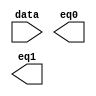
// megafunction wizard: %LPM_DECODE%VBB%
// GENERATION: STANDARD
// VERSION: WM1.0
// MODULE: lpm_decode 

// ============================================================
// Megafunction Name(s):
// 			lpm_decode
//
// Simulation Library Files(s):
// 			lpm
// ============================================================
// ************************************************************
// THIS IS A WIZARD-GENERATED FILE. DO NOT EDIT THIS FILE!
//
// 9.0 Build 132 02/25/2009 SJ Web Edition
// ************************************************************

//Copyright (C) 1991-2009 Altera Corporation
//Your use of Altera Corporation's design tools, logic functions 
//and other software and tools, and its AMPP partner logic 
//functions, and any output files from any of the foregoing 
//(including device programming or simulation files), and any 
//associated documentation or information are expressly subject 
//to the terms and conditions of the Altera Program License 
//Subscription Agreement, Altera MegaCore Function License 
//Agreement, or other applicable license agreement, including, 
//without limitation, that your use is for the sole purpose of 
//programming logic devices manufactured by Altera and sold by 
//Altera or its authorized distributors.  Please refer to the 
//applicable agreement for further details.

module dec_12 (
	data,
	eq0,
	eq1);

	input	[0:0]  data;
	output	  eq0;
	output	  eq1;

endmodule

// ============================================================
// CNX file retrieval info
// ============================================================
// Retrieval info: PRIVATE: BaseDec NUMERIC "1"
// Retrieval info: PRIVATE: EnableInput NUMERIC "0"
// Retrieval info: PRIVATE: INTENDED_DEVICE_FAMILY STRING "Stratix II"
// Retrieval info: PRIVATE: LPM_PIPELINE NUMERIC "0"
// Retrieval info: PRIVATE: Latency NUMERIC "0"
// Retrieval info: PRIVATE: SYNTH_WRAPPER_GEN_POSTFIX STRING "0"
// Retrieval info: PRIVATE: aclr NUMERIC "0"
// Retrieval info: PRIVATE: clken NUMERIC "0"
// Retrieval info: PRIVATE: eq0 NUMERIC "1"
// Retrieval info: PRIVATE: eq1 NUMERIC "1"
// Retrieval info: PRIVATE: nBit NUMERIC "1"
// Retrieval info: CONSTANT: LPM_DECODES NUMERIC "2"
// Retrieval info: CONSTANT: LPM_TYPE STRING "LPM_DECODE"
// Retrieval info: CONSTANT: LPM_WIDTH NUMERIC "1"
// Retrieval info: USED_PORT: @eq 0 0 LPM_DECODES 0 OUTPUT NODEFVAL @eq[LPM_DECODES-1..0]
// Retrieval info: USED_PORT: data 0 0 1 0 INPUT NODEFVAL data[0..0]
// Retrieval info: USED_PORT: eq0 0 0 0 0 OUTPUT NODEFVAL eq0
// Retrieval info: USED_PORT: eq1 0 0 0 0 OUTPUT NODEFVAL eq1
// Retrieval info: CONNECT: @data 0 0 1 0 data 0 0 1 0
// Retrieval info: CONNECT: eq0 0 0 0 0 @eq 0 0 1 0
// Retrieval info: CONNECT: eq1 0 0 0 0 @eq 0 0 1 1
// Retrieval info: LIBRARY: lpm lpm.lpm_components.all
// Retrieval info: GEN_FILE: TYPE_NORMAL dec_12.v TRUE
// Retrieval info: GEN_FILE: TYPE_NORMAL dec_12.inc TRUE
// Retrieval info: GEN_FILE: TYPE_NORMAL dec_12.cmp FALSE
// Retrieval info: GEN_FILE: TYPE_NORMAL dec_12.bsf TRUE FALSE
// Retrieval info: GEN_FILE: TYPE_NORMAL dec_12_inst.v FALSE
// Retrieval info: GEN_FILE: TYPE_NORMAL dec_12_bb.v TRUE
// Retrieval info: LIB_FILE: lpm